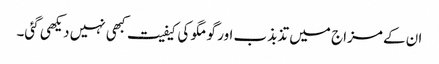
ان کے مزاج میں تذبذب اور گو مگو کی کیفیت کبھی نہیں دیکھی گئی۔